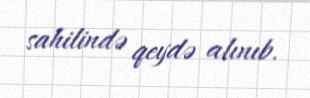
sahilində qeydə alınıb.